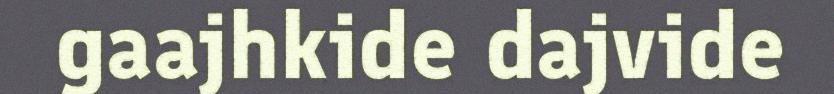
gaajhkide dajvide